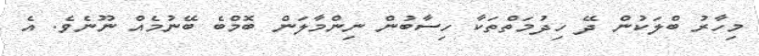
މިހާރު ބްލަކުން ދޭ ހިދުމަތްތަކާ ހިސާބުން ނިންމާލަން ބޮމްބެ ބޭނުމެއް ނޫނެވެ. އެ